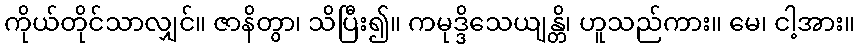
ကိုယ်တိုင်သာလျှင်။ ဇာနိတွာ၊ သိပြီး၍။ ကမုဒ္ဒိသေယျန္တိ၊ ဟူသည်ကား။ မေ၊ ငါ့အား။